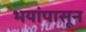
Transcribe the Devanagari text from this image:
भयांपासून